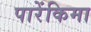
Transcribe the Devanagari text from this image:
पारेंकिमा